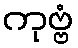
ကုဗ္ဗံ